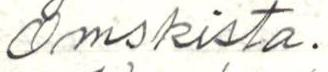
Omskista.